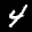
Label: 4